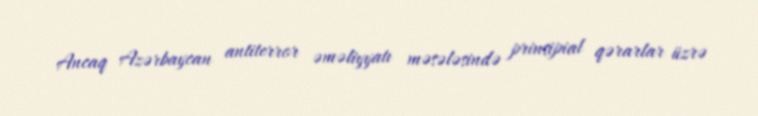
Ancaq Azərbaycan antiterror əməliyyatı məsələsində prinsipial qərarlar üzrə